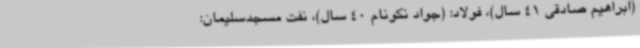
(ابراهیم صادقی 41 سال)، فولاد: (جواد نکونام 40 سال)، نفت مسجدسلیمان: